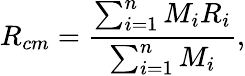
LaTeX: R_{cm}=\frac{\sum_{i=1}^{n}M_{i}R_{i}}{\sum_{i=1}^{n}M_{i}},